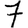
Digit: 7